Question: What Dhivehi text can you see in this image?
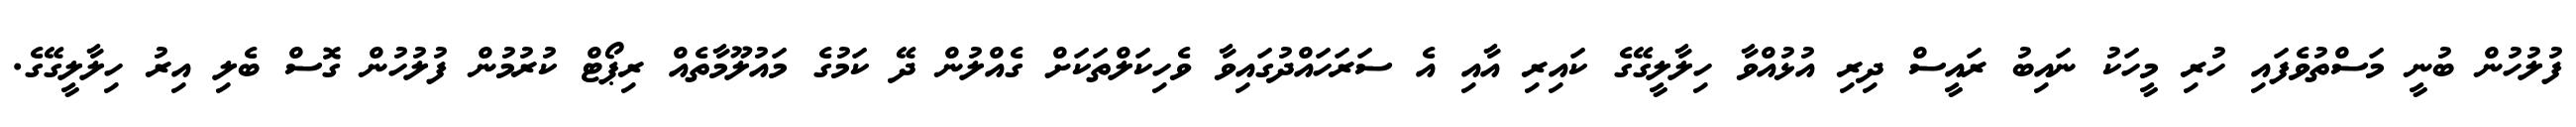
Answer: ފުލުހުން ބުނީ މަސްތުވެފައި ހުރި މީހަކު ނައިބު ރައީސް ދިރި އުޅުއްވާ ހިލާލީގޭގެ ކައިރި އާއި އެ ސަރަހައްދުގައިވާ ވެހިކަލްތަކަށް ގެއްލުން ދޭ ކަމުގެ މައުލޫމާތެއް ރިޕޯޓް ކުރުމުން ފުލުހުން ގޮސް ބެލި އިރު ހިލާލީގޭގެ.